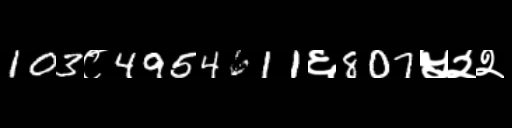
Text: 103८4954611६807५२२